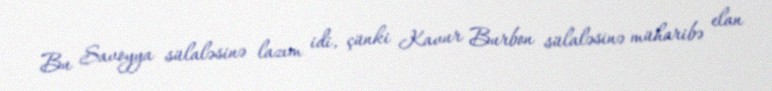
Bu Savoyya sülaləsinə lazım idi, çünki Kavur Burbon sülaləsinə müharibə elan